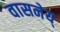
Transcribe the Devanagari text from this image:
वासनेय्